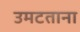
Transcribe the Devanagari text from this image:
उमटताना